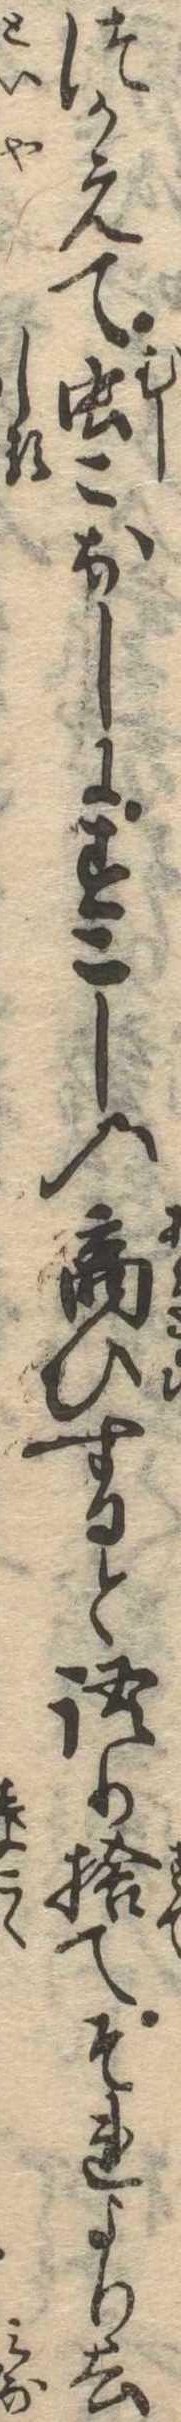
つかえて虫こなしにすこしの商ひすると語り捨てそれより去